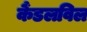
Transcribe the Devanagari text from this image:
कैंडलविल